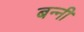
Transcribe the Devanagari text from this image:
बन्‍नी